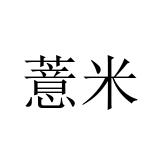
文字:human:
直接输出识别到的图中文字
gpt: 薏米